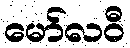
မော်လဝီ